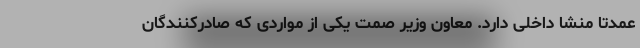
عمدتا منشا داخلی دارد. معاون وزیر صمت یکی از مواردی که صادرکنندگان